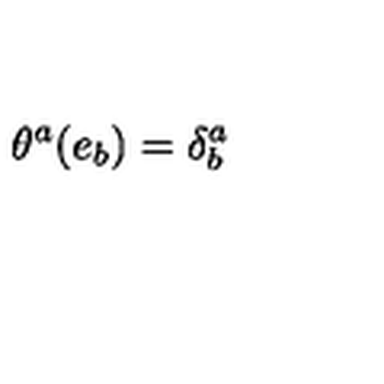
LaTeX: \theta ^ { a } ( e _ { b } ) = \delta _ { b } ^ { a }